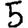
Digit: 5